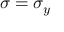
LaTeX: \sigma = \sigma _ { y }